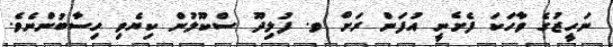
ނަހީޒުގެ ވާހަކަ ފެށެނީ އުފަން ރަށް ވ. ފުލިދޫ ސްކޫލުން ކިޔެވި ހިސާބުންނެވެ.